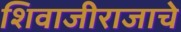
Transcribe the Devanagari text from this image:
शिवाजीराजाचे